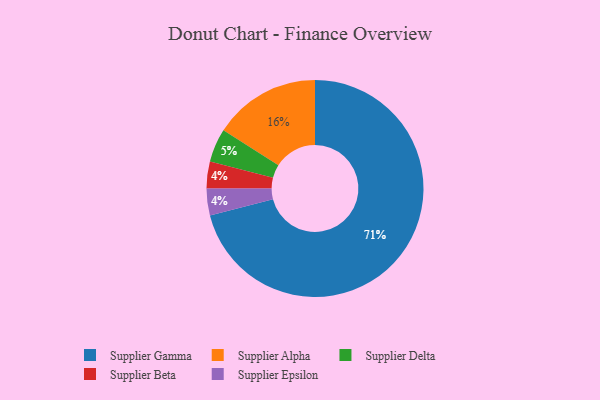
{"axis": {"x": "Category", "y": "Percentage"}, "legend": ["Supplier Alpha", "Supplier Beta", "Supplier Delta", "Supplier Epsilon", "Supplier Gamma"], "data": [{"x": "Supplier Beta", "y": 4, "type": "Supplier Beta"}, {"x": "Supplier Delta", "y": 5, "type": "Supplier Delta"}, {"x": "Supplier Gamma", "y": 71, "type": "Supplier Gamma"}, {"x": "Supplier Alpha", "y": 16, "type": "Supplier Alpha"}, {"x": "Supplier Epsilon", "y": 4, "type": "Supplier Epsilon"}]}